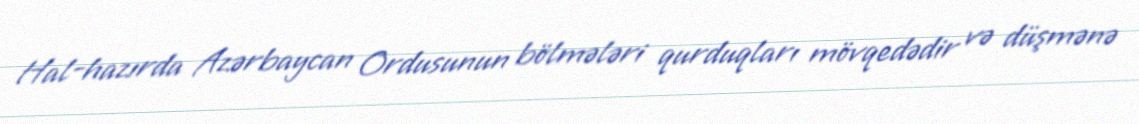
Hal-hazırda Azərbaycan Ordusunun bölmələri qurduqları mövqedədir və düşmənə